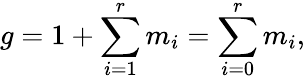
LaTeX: g=1+\sum_{i=1}^{r}m_{i}=\sum_{i=0}^{r}m_{i},